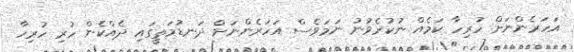
އަހަރެންނަށް ހުރިހާ ކަމެއް ނުކުރެވުނު ނަމަވެސް އަހަރެންނަށް ދަނޑުމަތީގައި ދެއްކެން ހުރި ހުރިހާ